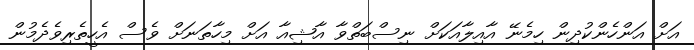
އަށް އަންހެންކުދިން ހިމެނޭ އާއިލާއަކަށް ނިސްބަތްވާ އާޝިއާ އަށް މިހާތަނަށް ވެސް އެހީތެރިވެދެމުން